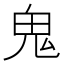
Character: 鬼